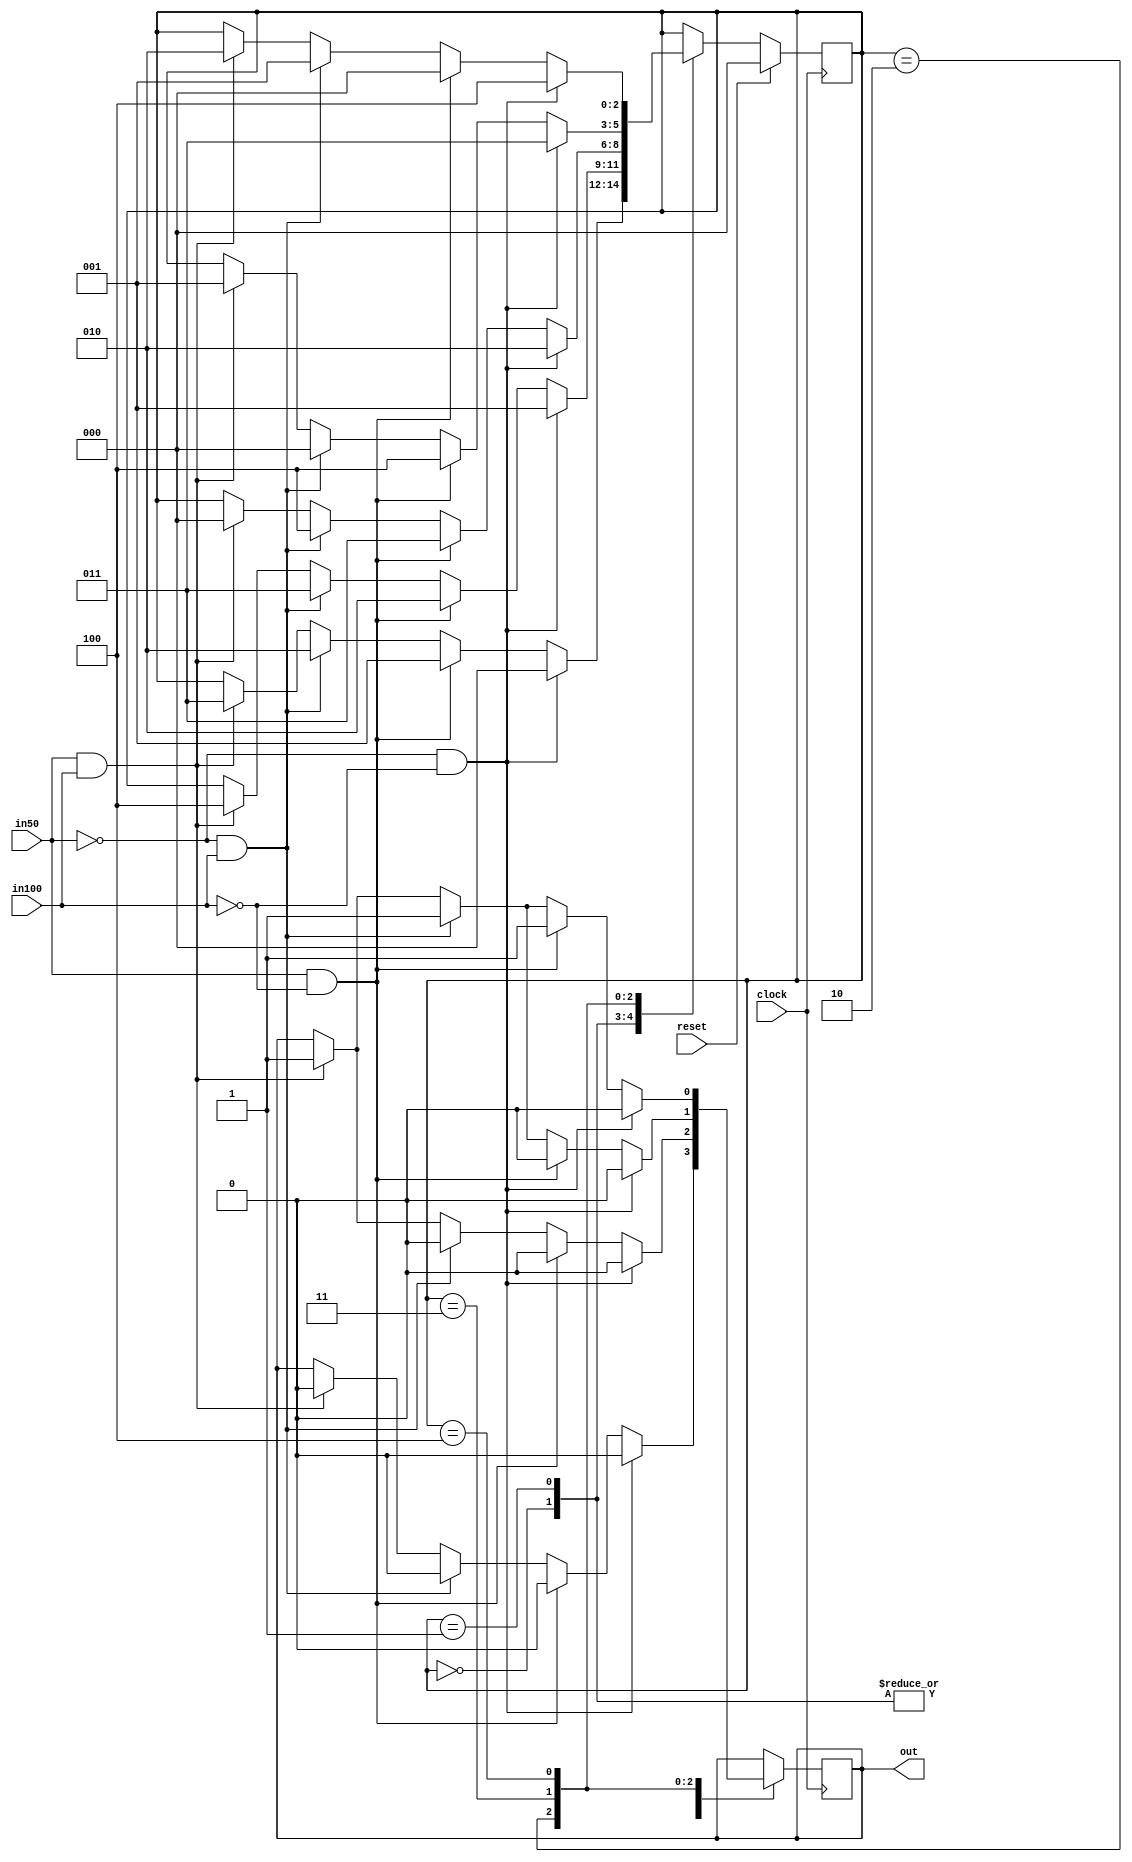
`timescale 1ns / 1ps

module automat_mealy(
input clock ,
input reset , 
input in50  ,
input in100 ,
output reg out
    );
    
    reg [2:0] stare;
    
    localparam nu = 1'b0,
               da = 1'b1;
    
    localparam 
    s_0_b = 3'b000,
    s_50_b = 3'b001,
    s_100_b = 3'b010,
    s_150_b = 3'b011,
    s_200_b = 3'b100;
    
     
    
    always@(posedge clock)
    if(reset) stare <= s_0_b ;
    else case (stare)
               s_0_b : if (in50==0 && in100==0) stare <= s_0_b;
                        else if (in50 == 1 && in100 == 0) stare <= s_50_b;
                               else if (in50 == 0 && in100 == 1) stare <= s_100_b;
                                      else if (in50 == 1 && in100 == 1) stare <= s_150_b;
              
               s_50_b : if (in50==0 && in100==0) stare <= s_50_b;
                        else if (in50 == 1 && in100 == 0) stare <= s_100_b;
                               else if (in50 == 0 && in100 == 1) stare <= s_150_b;
                                      else if (in50 == 1 && in100 == 1) stare <= s_200_b;
                                      
               s_100_b  : if (in50==0 && in100==0) stare <= s_100_b;
                        else if (in50 == 1 && in100 == 0) stare <= s_150_b;
                               else if (in50 == 0 && in100 == 1) stare <= s_200_b;
                                      else if (in50 == 1 && in100 == 1) stare <= s_0_b;
                                      
               s_150_b  : if (in50==0 && in100==0) stare <= s_150_b;
                        else if (in50 == 1 && in100 == 0) stare <= s_200_b;
                               else if (in50 == 0 && in100 == 1) stare <= s_0_b;
                                      else if (in50 == 1 && in100 == 1) stare <= s_50_b;
                                      
               s_200_b  : if (in50==0 && in100==0) stare <= s_200_b;
                        else if (in50 == 1 && in100 == 0) stare <= s_0_b;
                               else if (in50 == 0 && in100 == 1) stare <= s_50_b;
                                      else if (in50 == 1 && in100 == 1) stare <= s_100_b;
    endcase
                                      
                                      
    always @(posedge clock)
    case (stare)
               s_0_b : if (in50==0 && in100==0) out <= nu;
                        else if (in50 == 1 && in100 == 0) out <= nu;
                               else if (in50 == 0 && in100 == 1) out <= nu;
                                      else if (in50 == 1 && in100 == 1) out <= nu;
              
               s_50_b : if (in50==0 && in100==0) out <= nu;
                        else if (in50 == 1 && in100 == 0) out <= nu;
                               else if (in50 == 0 && in100 == 1) out <= nu;
                                      else if (in50 == 1 && in100 == 1) out <= nu;
                                      
               s_100_b  : if (in50==0 && in100==0) out <= nu;
                        else if (in50 == 1 && in100 == 0) out <= nu;
                               else if (in50 == 0 && in100 == 1) out <= nu;
                                      else if (in50 == 1 && in100 == 1) out <= da;
                                      
               s_150_b  : if (in50==0 && in100==0) out <= nu;
                        else if (in50 == 1 && in100 == 0) out <= nu;
                               else if (in50 == 0 && in100 == 1) out <= da;
                                      else if (in50 == 1 && in100 == 1) out <= da;
                                      
               s_200_b  : if (in50==0 && in100==0) out <= nu;
                        else if (in50 == 1 && in100 == 0) out <= da;
                               else if (in50 == 0 && in100 == 1) out <= da;
                                      else if (in50 == 1 && in100 == 1) out <= da;
                    
    endcase                  
endmodule